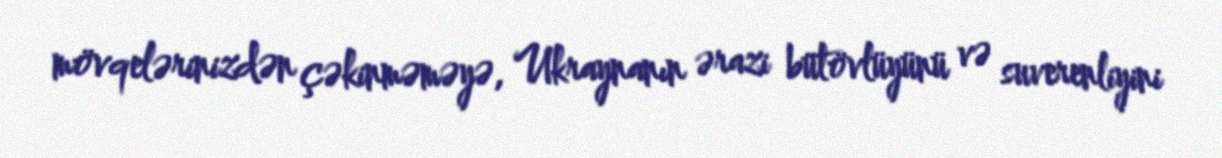
mövqelərinizdən çəkinməməyə, Ukraynanın ərazi bütövlüyünü və suverenliyini